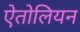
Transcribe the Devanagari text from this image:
ऐतोलियन